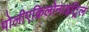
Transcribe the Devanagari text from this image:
पोलीएक्रिलोनाइट्रिल